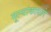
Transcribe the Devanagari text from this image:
मूल्यांकाधारे